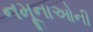
નમૂનાઓની